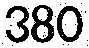
380